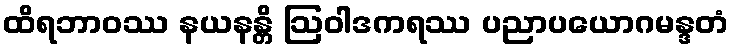
ထိရဘာဝဿ နယနန္တိ ဩဝါဒကရဿ ပညာပယောဂမန္ဒတံ